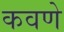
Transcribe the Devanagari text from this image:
कवणे